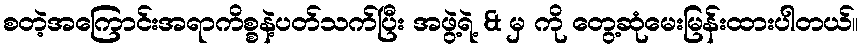
စတဲ့အကြောင်းအရာကိစ္စနဲ့ပတ်သက်ပြီး အဖွဲ့ရဲ့ & မှ ကို တွေ့ဆုံမေးမြန်းထားပါတယ်။